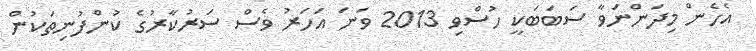
އެހެން މިދަންނަވާ ސަބަބަކީ ހުސްވި 2013 ވަނަ އަހަރު ވެސް ސަރުކާރުގެ ކުންފުނިތަކުން